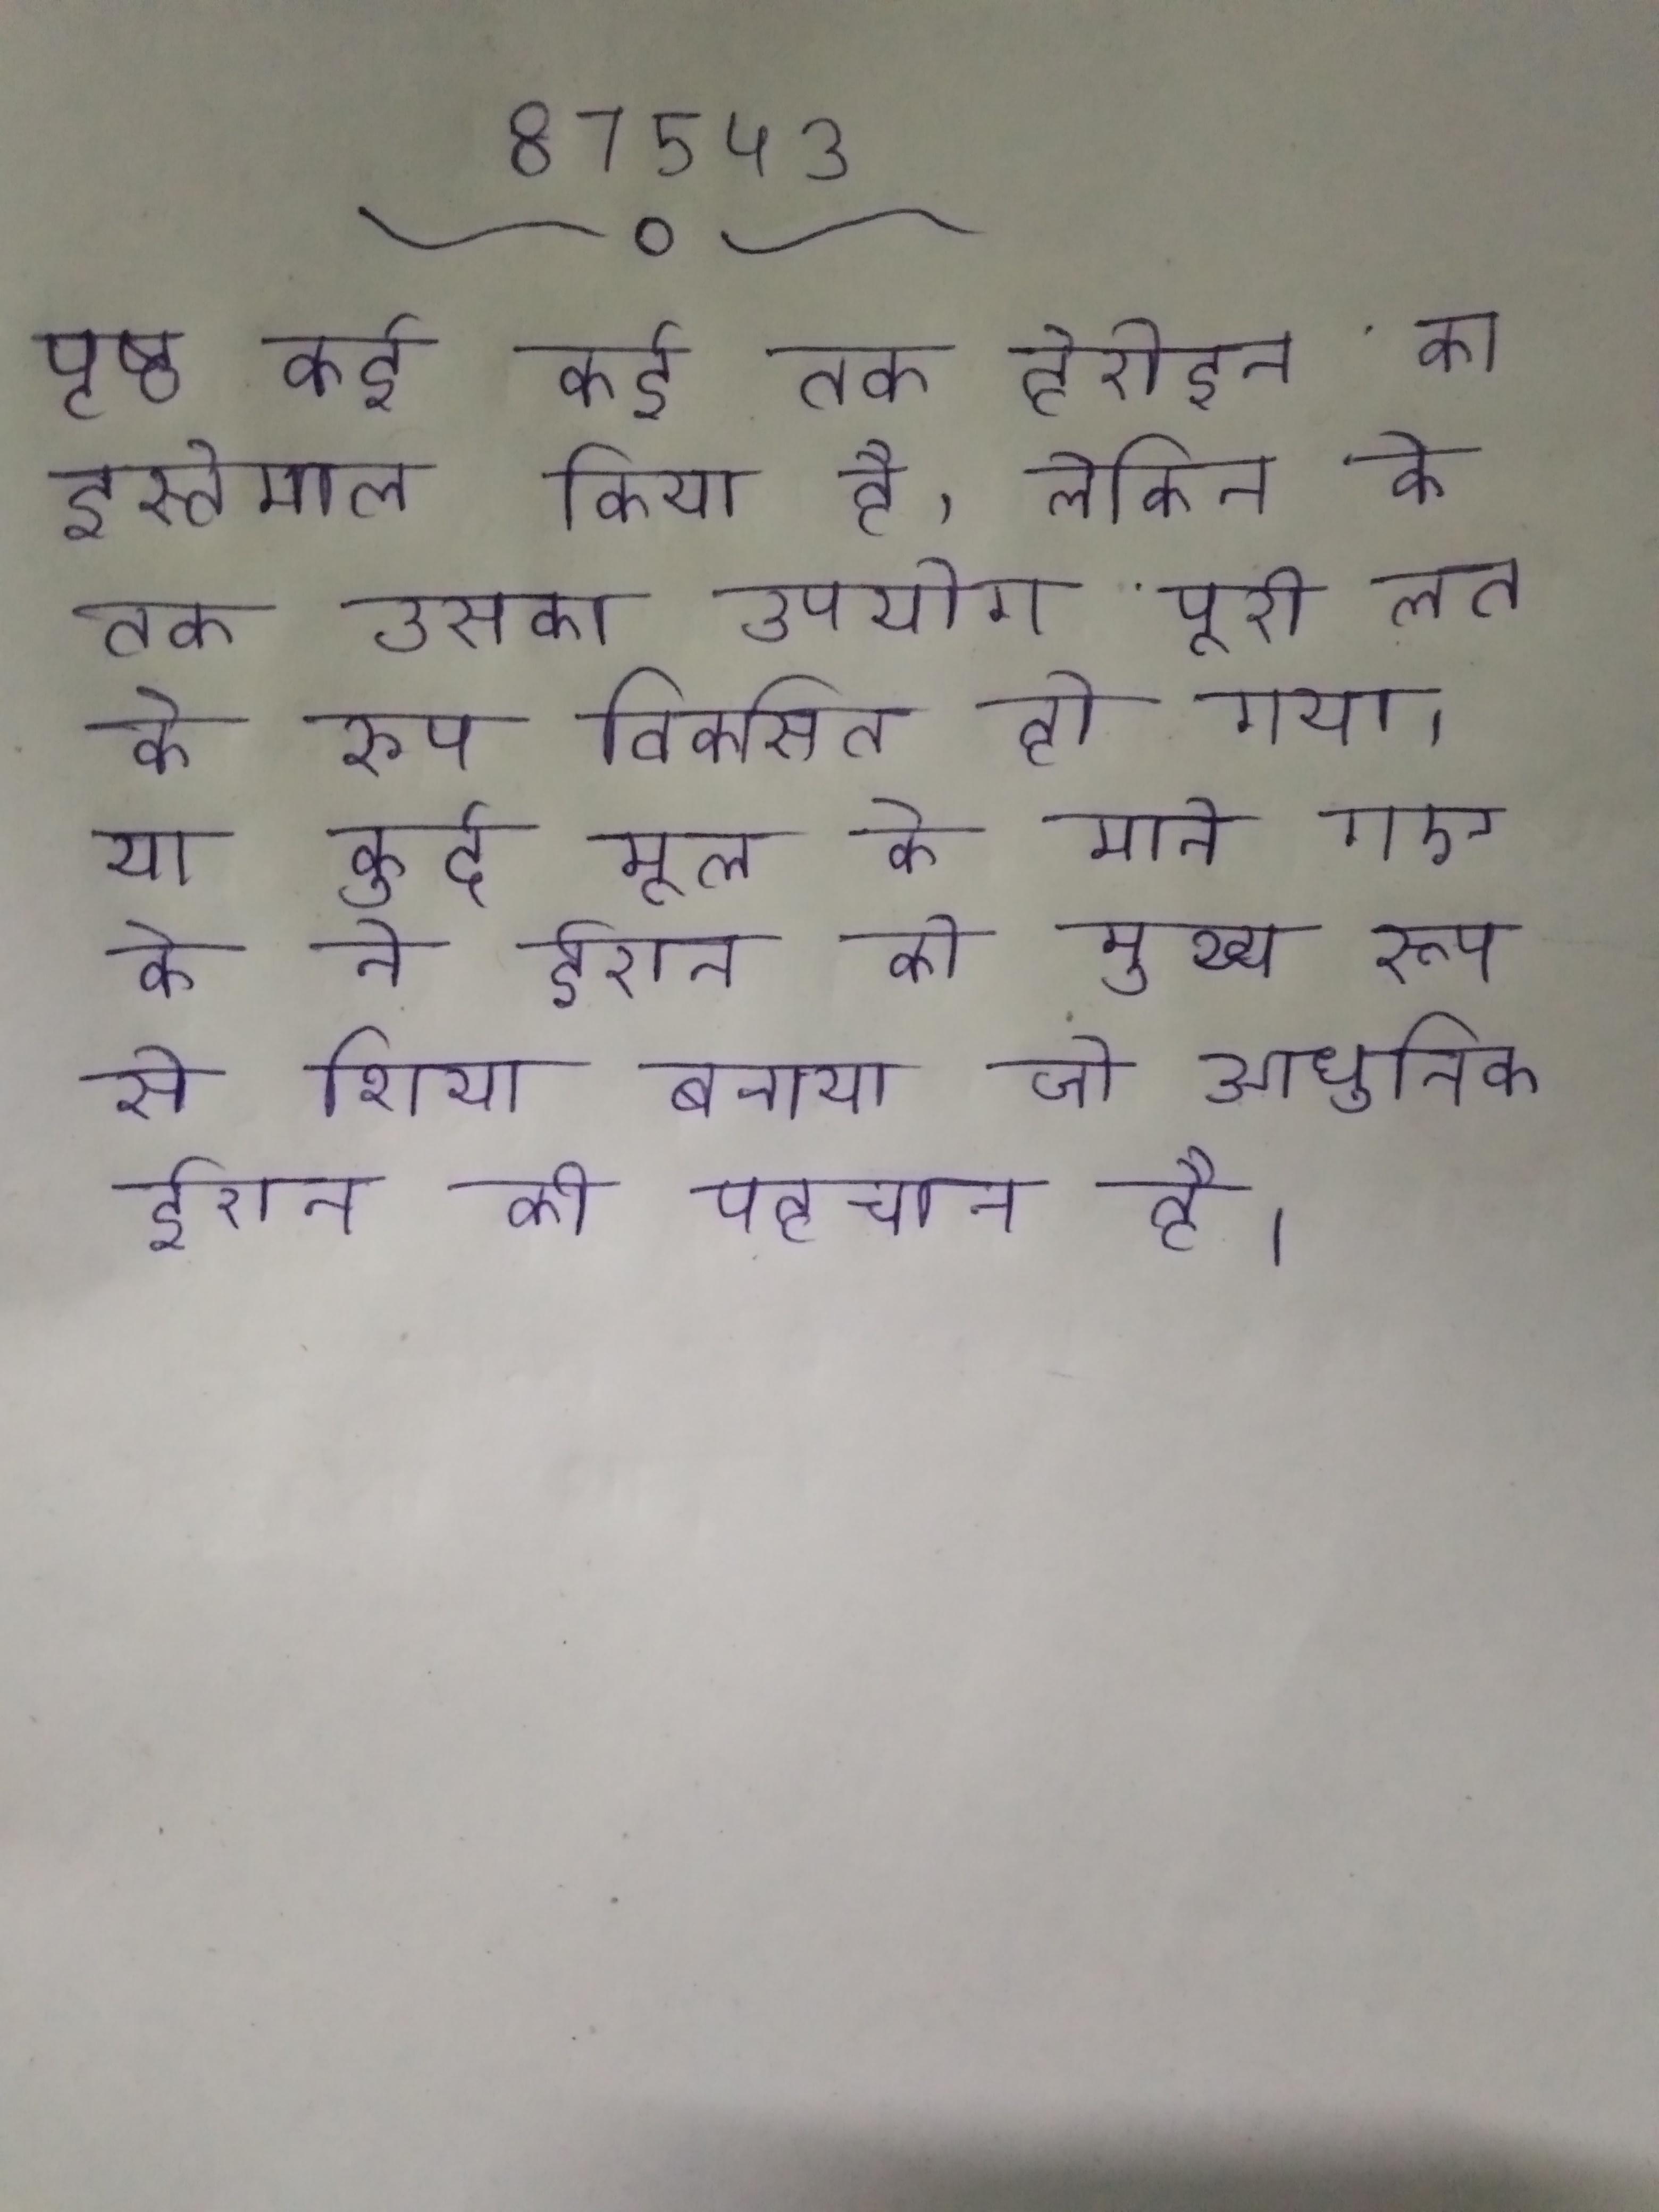
पृष्ठ कई कई तक हेरोइन का इस्तेमाल किया है, लेकिन के तक उसका उपयोग पूरी लत के रूप विकसित हो गया । या कुर्द मूल के माने गए के ने ईरान को मुख्य रूप से शिया बनाया जो आधुनिक ईरान की पहचान है ।